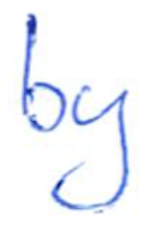
Text: by
Cross-out: clean
Writing tool: ballpoint